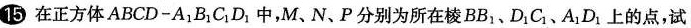
15 在正方体ABCD-A_{1} B_{1}C_{1}D_{1}中，M、N、P分别为所在棱BB_{1}、D_{1}C_{1}、A_{1}D_{1}上的点，试